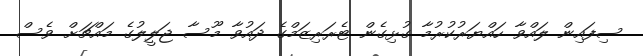
ސިފައިން ލައްވާ ހައްޔަރުކުރުމާ ގުޅިގެން ޓެރަރިޒަމްގެ ދައުވާ މޫސާ ޖަލީލުގެ މައްޗަށް ވެސް